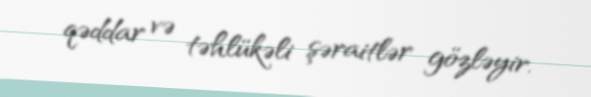
qəddar və təhlükəli şəraitlər gözləyir.